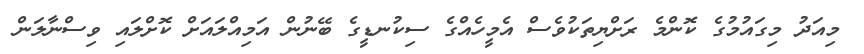
މިއަދު މިގައުމުގެ ކޮންމެ ރަށްޔިތަކުވެސް އެމީހެއްގެ ސިކުނޑީގެ ބޭނުން އަމިއްލައަށް ކޮށްލައި ވިސްނާލަން